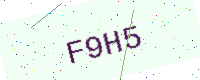
Text: F9H5